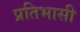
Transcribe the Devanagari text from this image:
प्रतिभासी